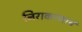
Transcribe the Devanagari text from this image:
निराकरणार्थ